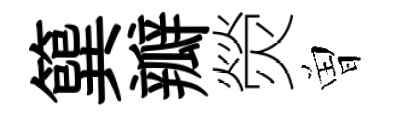
簨瓣熒曽